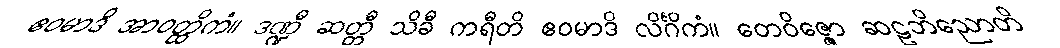
ဧဝမာဒိ အာဝတ္ထိကံ။ ဒဏ္ဍီ ဆတ္တီ သိခီ ကရီတိ ဧဝမာဒိ လိင်္ဂိကံ။ တေဝိဇ္ဇော ဆဠဘိညောတိ